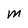
Character: M